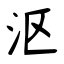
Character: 沤